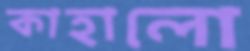
কাহালো